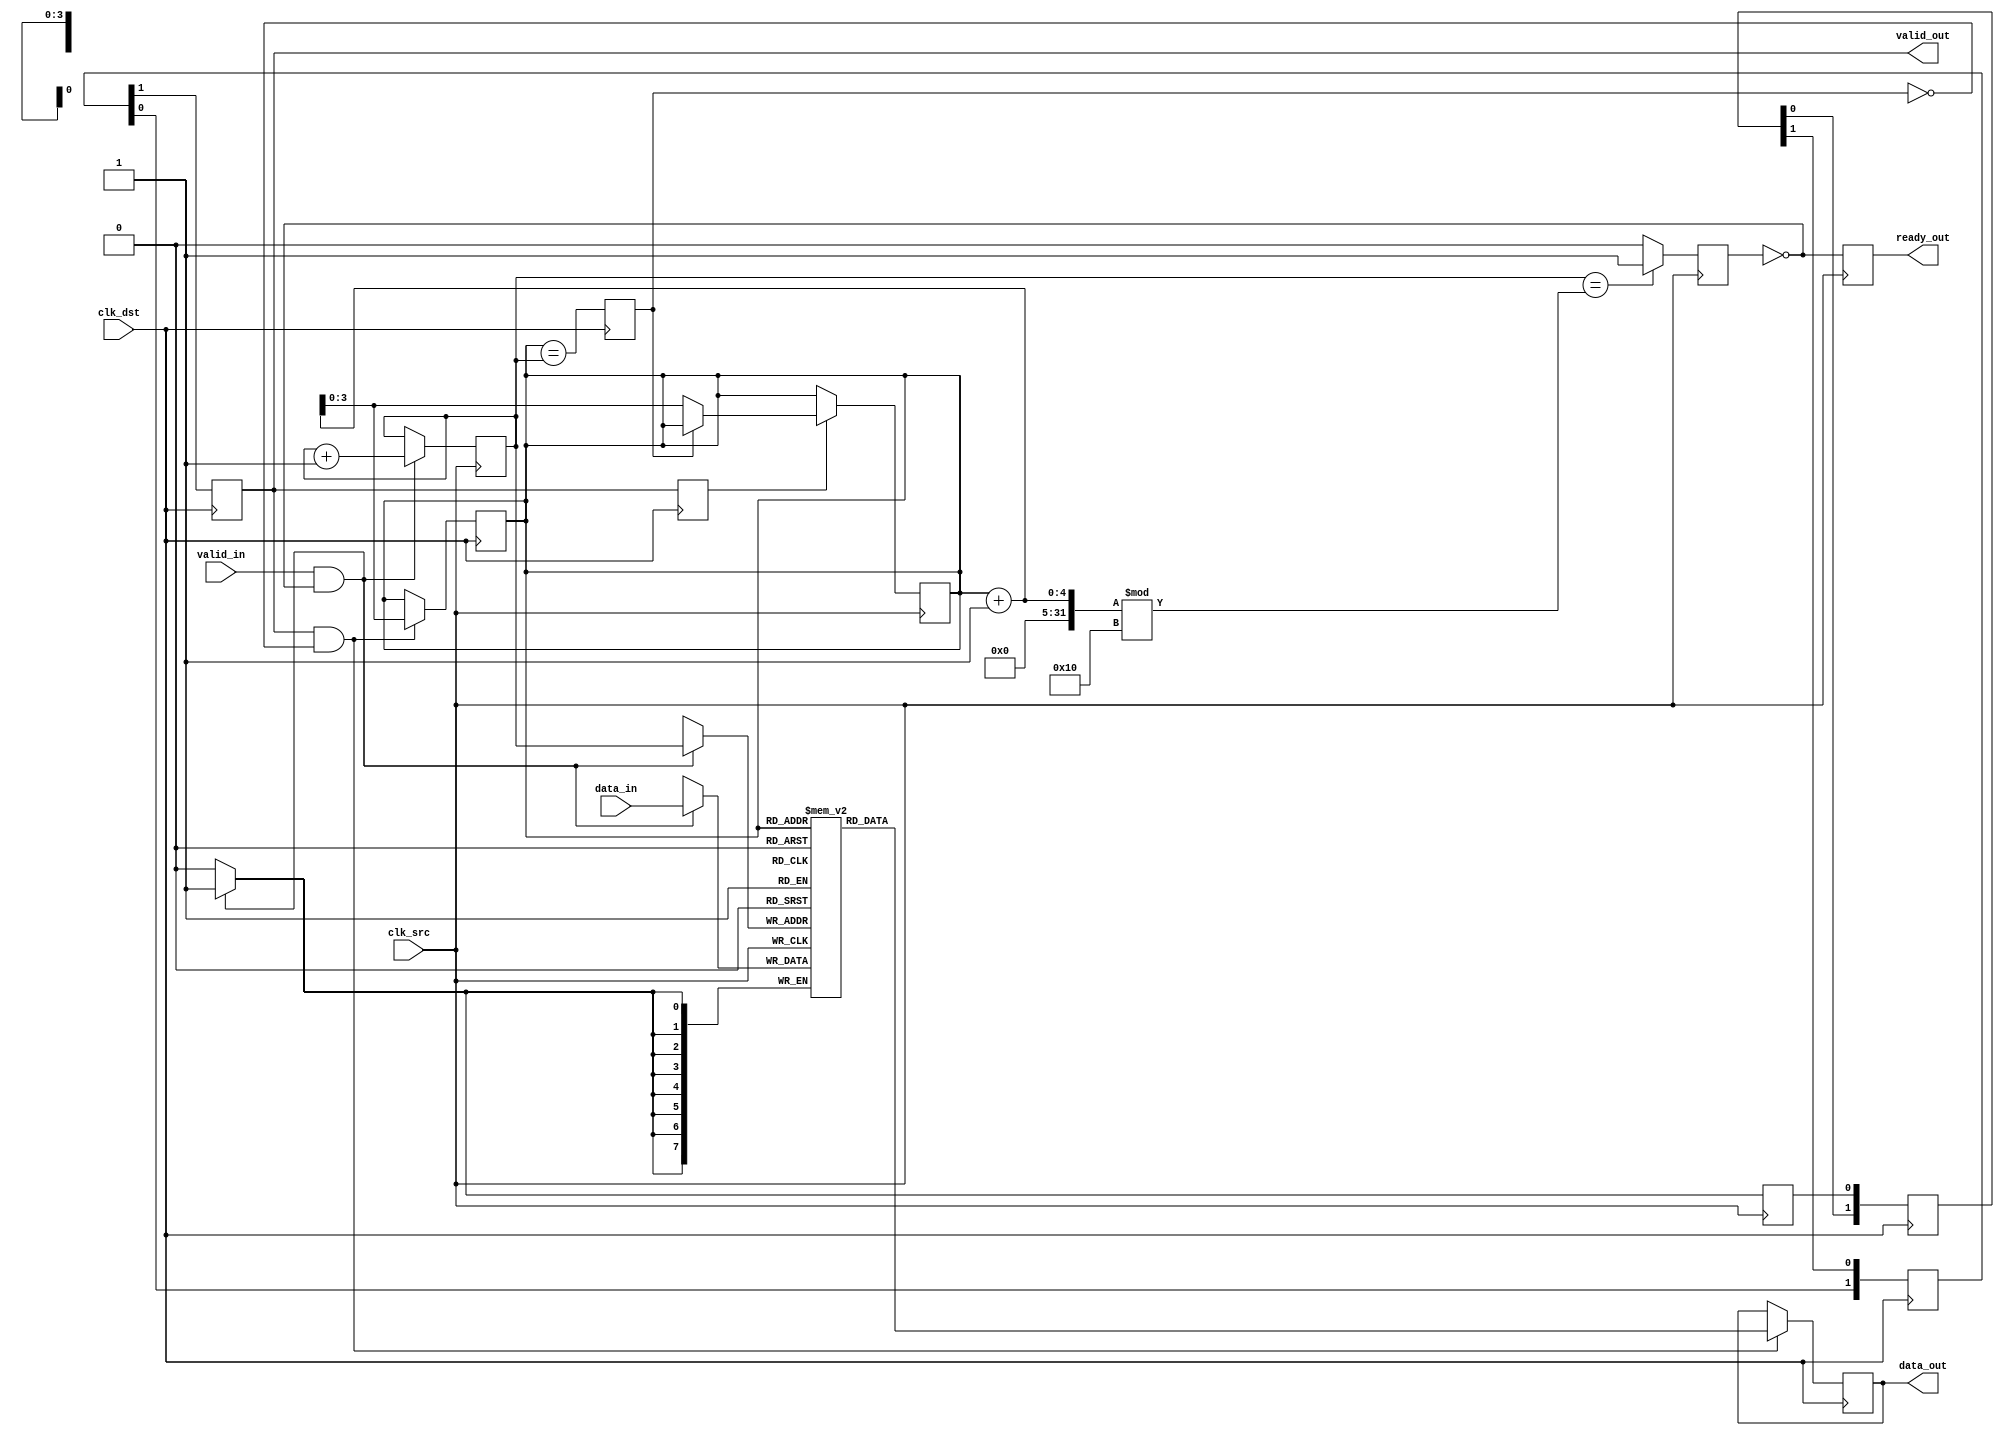
module burst_mode_synchronizer #(
    parameter DATA_WIDTH = 8,
    parameter FIFO_DEPTH = 16
)(
    input wire clk_src,               // Source clock
    input wire clk_dst,               // Destination clock
    input wire [DATA_WIDTH-1:0] data_in, // Data input from source domain
    input wire valid_in,              // Valid signal from source domain
    output reg ready_out,             // Ready signal for source domain
    output reg [DATA_WIDTH-1:0] data_out, // Data output to destination domain
    output reg valid_out              // Valid signal for destination domain
);

    // FIFO buffer for data storage
    reg [DATA_WIDTH-1:0] fifo [0:FIFO_DEPTH-1];
    reg [3:0] write_ptr, read_ptr;   // Pointers for FIFO
    reg fifo_full, fifo_empty;

    // Handshaking signals
    reg valid_sync;
    reg ack_sync;

    // Synchronization logic
    reg [1:0] sync_ff1, sync_ff2; // Two-stage synchronizer for valid signal

    // Write data into FIFO on source clock
    always @(posedge clk_src) begin
        if (valid_in && !fifo_full) begin
            fifo[write_ptr] <= data_in;
            write_ptr <= write_ptr + 1;
            valid_sync <= 1'b1; // Assert valid signal
        end else begin
            valid_sync <= 1'b0; // Deassert valid signal
        end

        // Update ready signal
        ready_out <= !fifo_full;
    end

    // FIFO management
    always @(posedge clk_src) begin
        if (write_ptr == (read_ptr + 1) % FIFO_DEPTH) begin
            fifo_full <= 1'b1; // FIFO is full
        end else begin
            fifo_full <= 1'b0; // FIFO is not full
        end
    end

    // Synchronize valid signal to destination clock domain
    always @(posedge clk_dst) begin
        sync_ff1 <= {sync_ff1[0], valid_sync}; // First stage of synchronization
        sync_ff2 <= {sync_ff2[0], sync_ff1[1]}; // Second stage of synchronization
        valid_out <= sync_ff2[1]; // Valid signal for destination domain
    end

    // Read data from FIFO on destination clock
    always @(posedge clk_dst) begin
        if (valid_out && !fifo_empty) begin
            data_out <= fifo[read_ptr]; // Read data from FIFO
            read_ptr <= read_ptr + 1; // Update read pointer
        end
        
        // Update empty signal
        fifo_empty <= (read_ptr == write_ptr);
    end

    // Acknowledge signal for handshaking
    always @(posedge clk_dst) begin
        ack_sync <= valid_out; // Acknowledge valid data
    end

    // Manage FIFO empty condition
    always @(posedge clk_src) begin
        if (ack_sync) begin
            if (!fifo_empty) begin
                read_ptr <= read_ptr + 1; // Increment read pointer
            end
        end
    end

endmodule